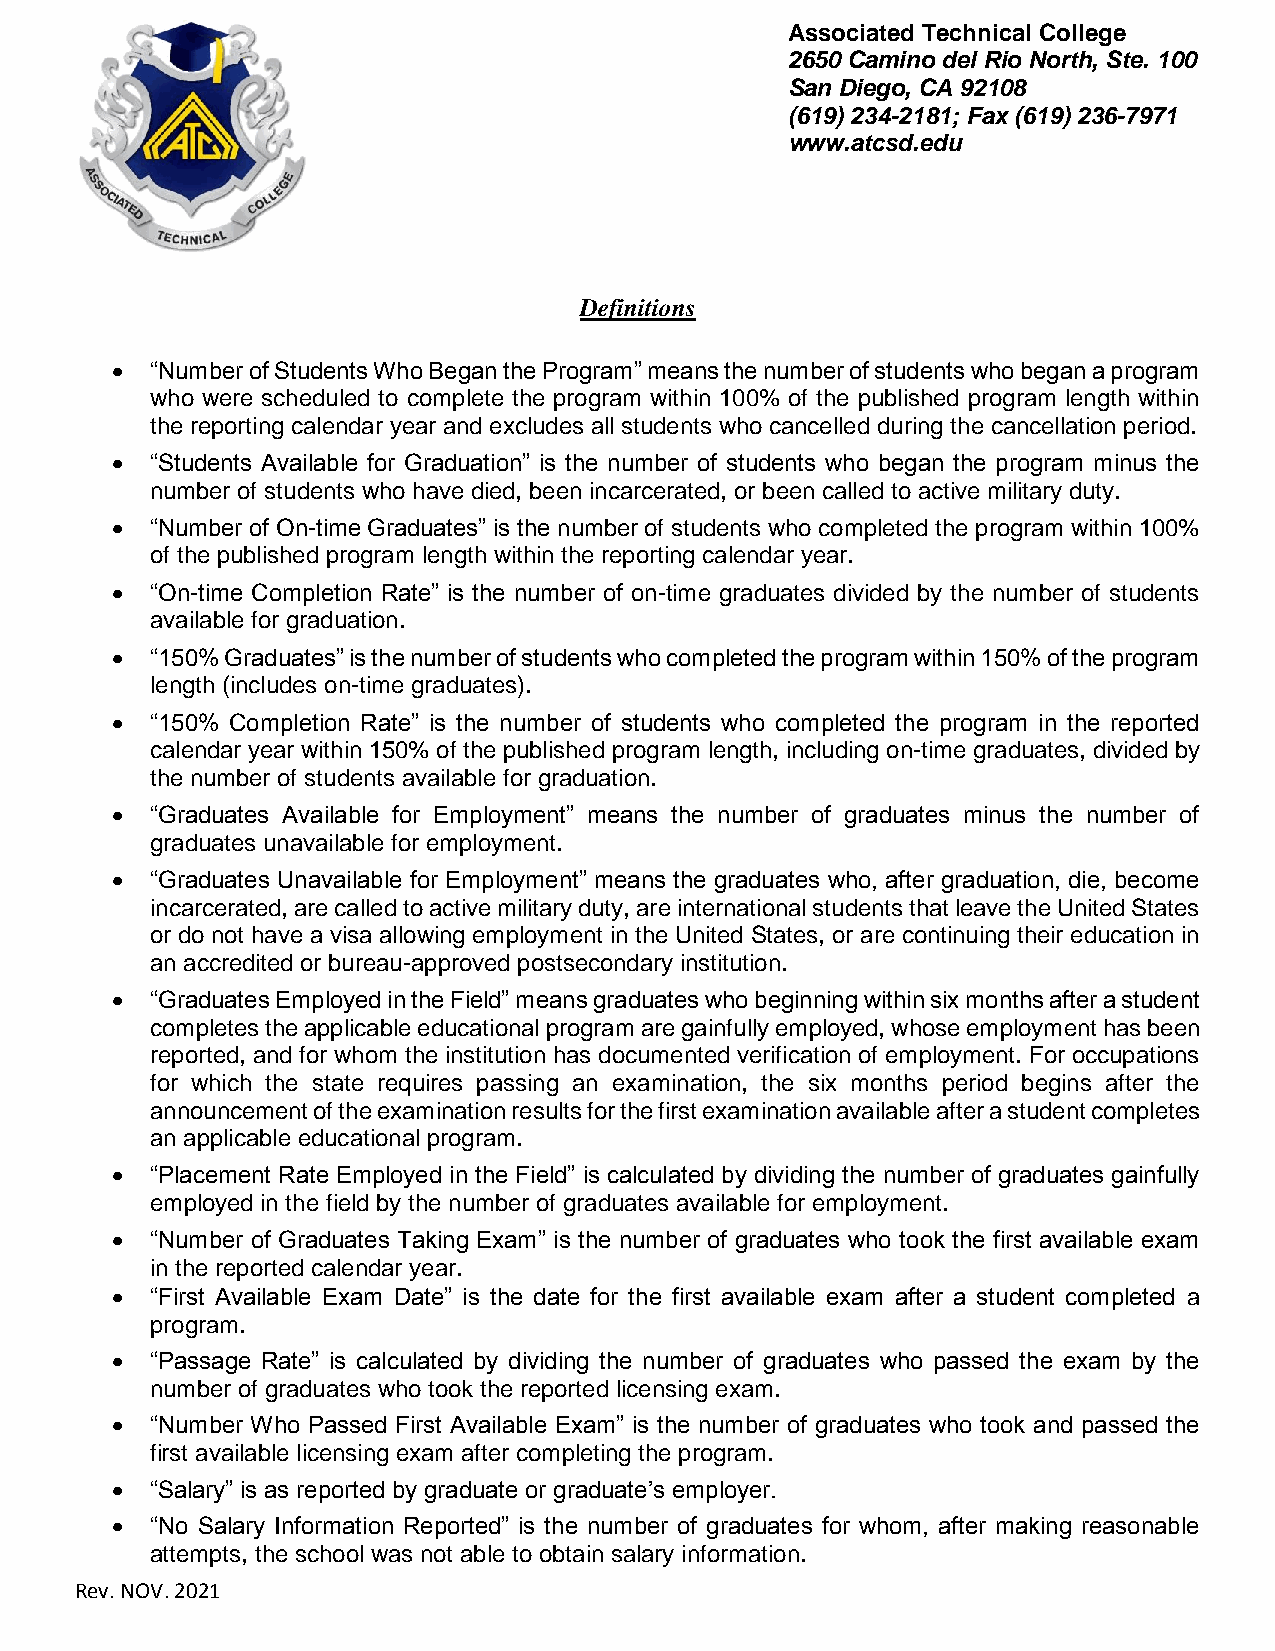
Associated Technical College
 2650 Camino del Rio North, Ste. 100
 San Diego, CA 92108
 (619) 234-2181; Fax (619) 236-7971
 www.atcsd.edu
 Definitions
   “Number of Students Who Began the Program” means the number of students who began a program
 who were scheduled to complete the program within 100% of the published program length within
 the reporting calendar year and excludes all students who cancelled during the cancellation period.
   “Students Available for Graduation” is the number of students who began the program minus the
 number of students who have died, been incarcerated, or been called to active military duty.
   “Number of On-time Graduates” is the number of students who completed the program within 100%
 of the published program length within the reporting calendar year.
   “On-time Completion Rate” is the number of on-time graduates divided by the number of students
 available for graduation.
   “150% Graduates” is the number of students who completed the program within 150% of the program
 length (includes on-time graduates).
   “150% Completion Rate” is the number of students who completed the program in the reported
 calendar year within 150% of the published program length, including on-time graduates, divided by
 the number of students available for graduation.
   “Graduates Available for Employment” means the number of graduates minus the number of
 graduates unavailable for employment.
   “Graduates Unavailable for Employment” means the graduates who, after graduation, die, become
 incarcerated, are called to active military duty, are international students that leave the United States
 or do not have a visa allowing employment in the United States, or are continuing their education in
 an accredited or bureau-approved postsecondary institution.
   “Graduates Employed in the Field” means graduates who beginning within six months after a student
 completes the applicable educational program are gainfully employed, whose employment has been
 reported, and for whom the institution has documented verification of employment. For occupations
 for which the state requires passing an examination, the six months period begins after the
 announcement of the examination results for the first examination available after a student completes
 an applicable educational program.
   “Placement Rate Employed in the Field” is calculated by dividing the number of graduates gainfully
 employed in the field by the number of graduates available for employment.
   “Number of Graduates Taking Exam” is the number of graduates who took the first available exam
 in the reported calendar year.
   “First Available Exam Date” is the date for the first available exam after a student completed a
 program.
   “Passage Rate” is calculated by dividing the number of graduates who passed the exam by the
 number of graduates who took the reported licensing exam.
   “Number Who Passed First Available Exam” is the number of graduates who took and passed the
 first available licensing exam after completing the program.
   “Salary” is as reported by graduate or graduate’s employer.
   “No Salary Information Reported” is the number of graduates for whom, after making reasonable
 attempts, the school was not able to obtain salary information.
 Rev. NOV. 2021